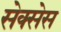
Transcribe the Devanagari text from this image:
सेक्सेस